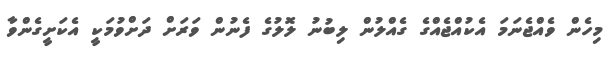
މިހެން ވެއްޖެނަމަ އެކުއްޖެއްގެ ގެއްލުން ލިބުނު ލޮލުގެ ފެނުން ވަރަށް ދަށްވުމަކީ އެކަށީގެންވާ